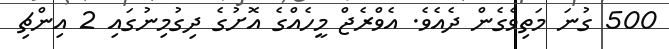
500 ގުނަ މަތިވެގެން ދެއެވެ. އެވްރެޖް މީހެއްގެ އޮށުގެ ދިގުމިނުގައި 2 އިންޗި